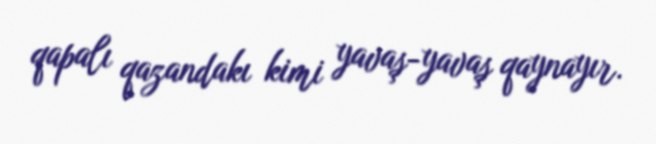
qapalı qazandakı kimi yavaş-yavaş qaynayır.